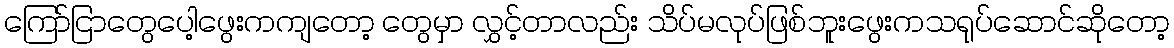
ကြော်ငြာတွေပေါ့ဖွေးကကျတော့ တွေမှာ လွှင့်တာလည်း သိပ်မလုပ်ဖြစ်ဘူးဖွေးကသရုပ်ဆောင်ဆိုတော့